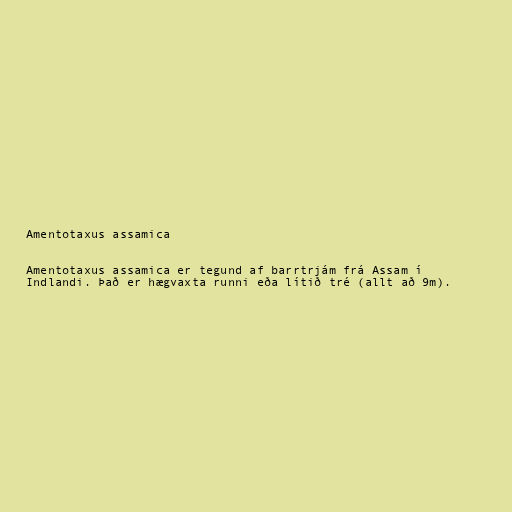
Amentotaxus assamica

Amentotaxus assamica er tegund af barrtrjám frá Assam í
Indlandi. Það er hægvaxta runni eða lítið tré (allt að 9m).